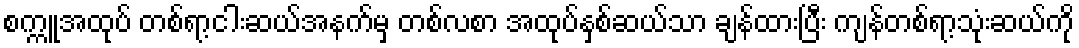
စက္ကူအထုပ် တစ်ရာ့ငါးဆယ်အနက်မှ တစ်လစာ အထုပ်နှစ်ဆယ်သာ ချန်ထားပြီး ကျန်တစ်ရာ့သုံးဆယ်ကို